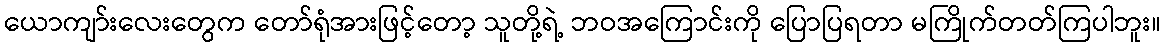
ယောကျာ်းလေးတွေက တော်ရုံအားဖြင့်တော့ သူတို့ရဲ့ ဘဝအကြောင်းကို ပြောပြရတာ မကြိုက်တတ်ကြပါဘူး။